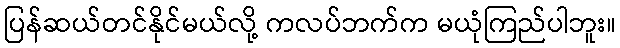
ပြန်ဆယ်တင်နိုင်မယ်လို့ ကလပ်ဘက်က မယုံကြည်ပါဘူး။